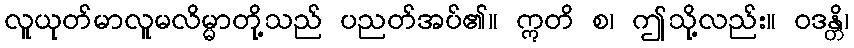
လူယုတ်မာလူမလိမ္မာတို့သည် ပညတ်အပ်၏။ ဣတိ စ၊ ဤသို့လည်း။ ဝဒန္တိ၊